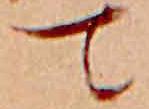
て